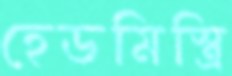
হেডমিস্ত্রি